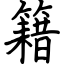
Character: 籍